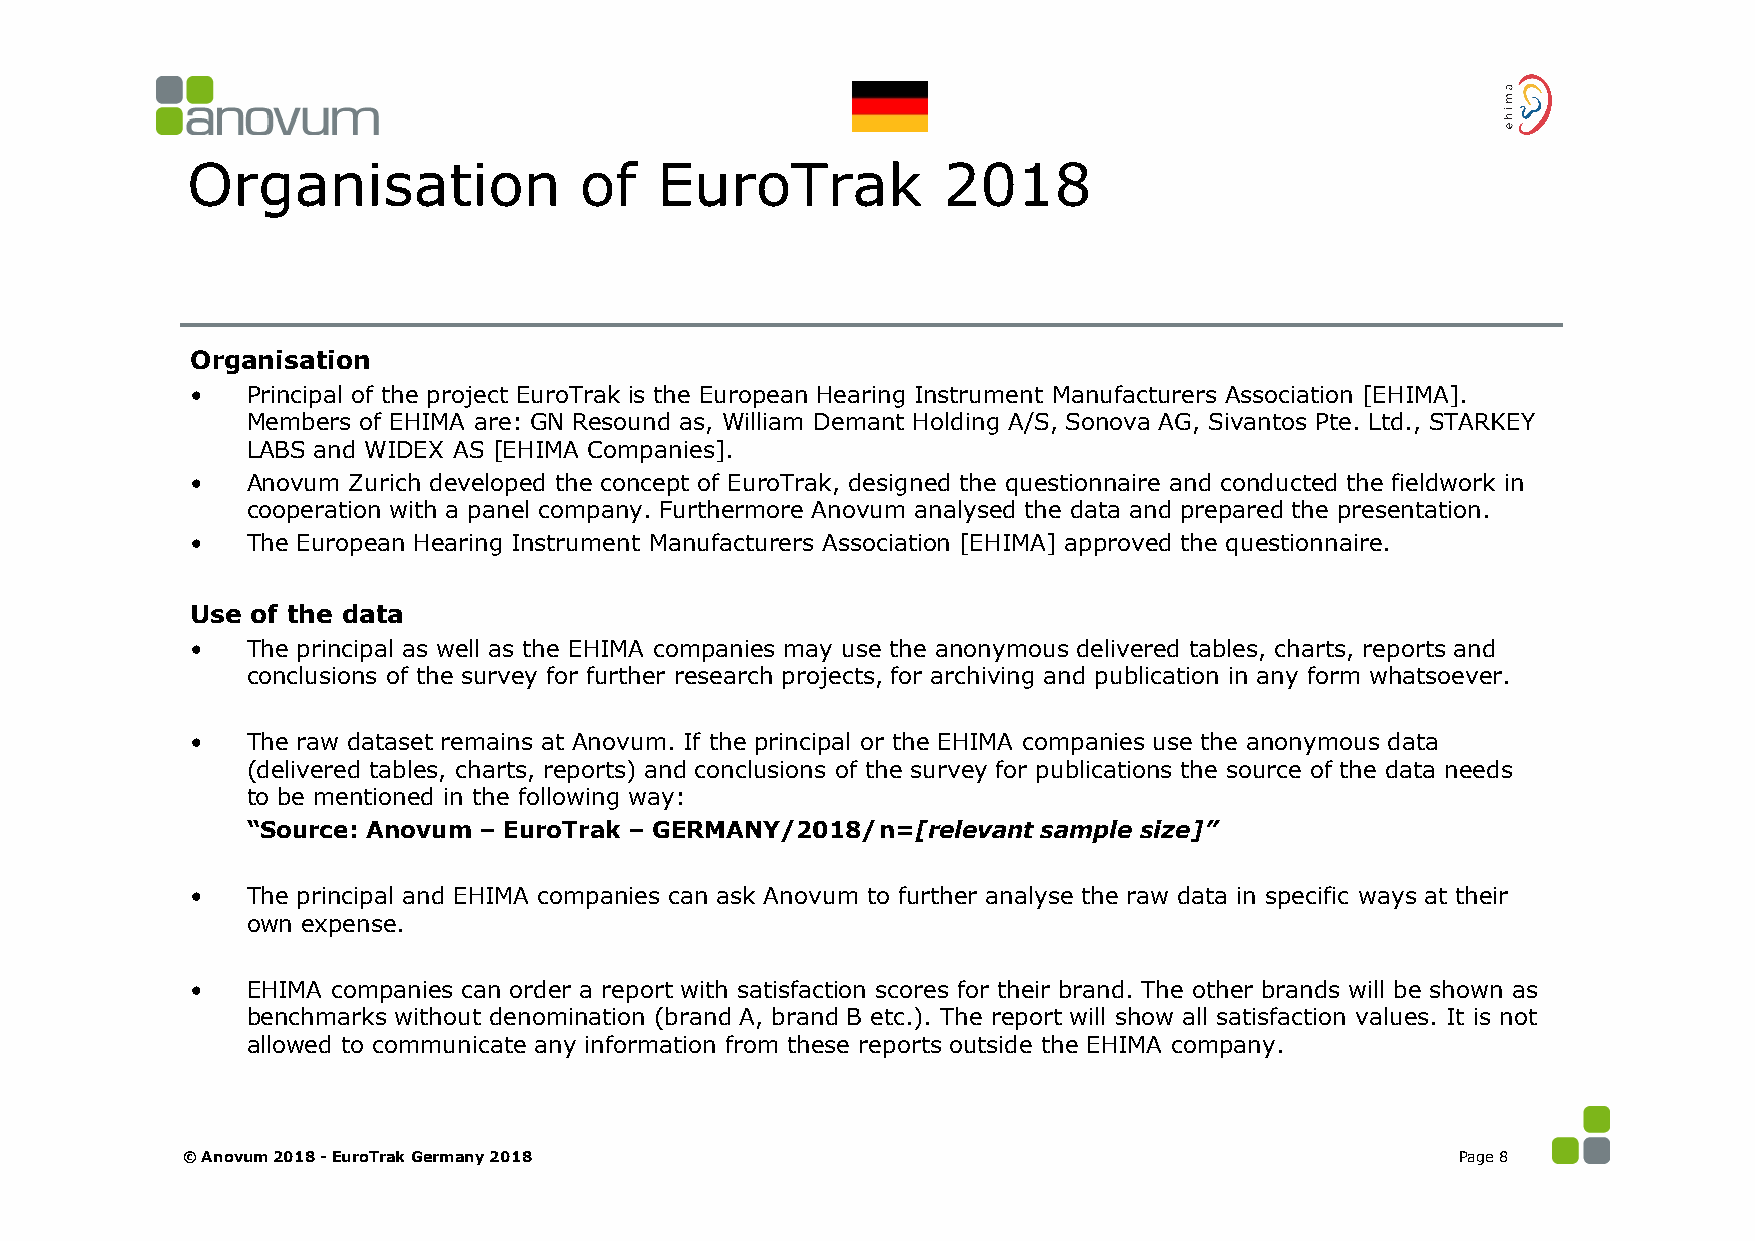
Organisation              of   EuroTrak           2018
 Organisation
 •  Principal of the project EuroTrak is the European Hearing Instrument Manufacturers Association [EHIMA].
 Members of EHIMA are: GN Resound as, William Demant Holding A/S, Sonova AG, Sivantos Pte. Ltd., STARKEY
 LABS and WIDEX AS [EHIMA Companies].
 •  Anovum Zurich developed the concept of EuroTrak, designed the questionnaire and conducted the fieldwork in
 cooperation with a panel company. Furthermore Anovum analysed the data and prepared the presentation.
 •  The European Hearing Instrument Manufacturers Association [EHIMA] approved the questionnaire.
 Use of the data
 •  The principal as well as the EHIMA companies may use the anonymous delivered tables, charts, reports and
 conclusions of the survey for further research projects, for archiving and publication in any form whatsoever.
 •  The raw dataset remains at Anovum. If the principal or the EHIMA companies use the anonymous data
 (delivered tables, charts, reports) and conclusions of the survey for publications the source of the data needs
 to be mentioned in the following way:
 “Source: Anovum – EuroTrak – GERMANY/2018/n=[relevant sample size]”
 •  The principal and EHIMA companies can ask Anovum to further analyse the raw data in specific ways at their
 own expense.
 •  EHIMA companies can order a report with satisfaction scores for their brand. The other brands will be shown as
 benchmarks without denomination (brand A, brand B etc.). The report will show all satisfaction values. It is not
 allowed to communicate any information from these reports outside the EHIMA company.
 © Anovum 2018 -EuroTrak Germany 2018                                                 Page 8